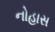
નોહાસ